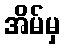
အိမ်မှ